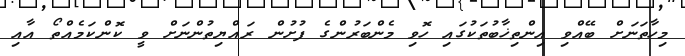
މިހާތަނަށް ބޭއްވި އިންތިޚާބުތަކުގައި ހޮވި މެންބަރުންގެ ފުށުން ރައްޔިތުންނަށް ވީ ކޮންކަމެއްތޯ އާއި